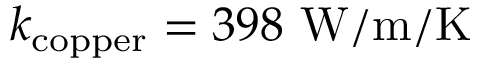
k _ { \mathrm { c o p p e r } } = 3 9 8 \ \mathrm { W / m / K }